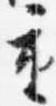
重